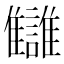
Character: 讎